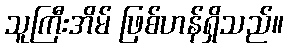
သူကြီးအိမ် ဖြစ်ဟန်ရှိသည်။